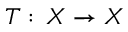
T : \, X \to X